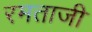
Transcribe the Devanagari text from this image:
रमताजी